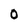
Character: 0